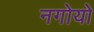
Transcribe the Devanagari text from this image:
नगोयो